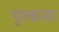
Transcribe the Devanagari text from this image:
पुल्कसा